Annual report of the Punjab Veterinary College and of the Civil Veterinary Department, Punjab - 1909-1919
Year: 1909
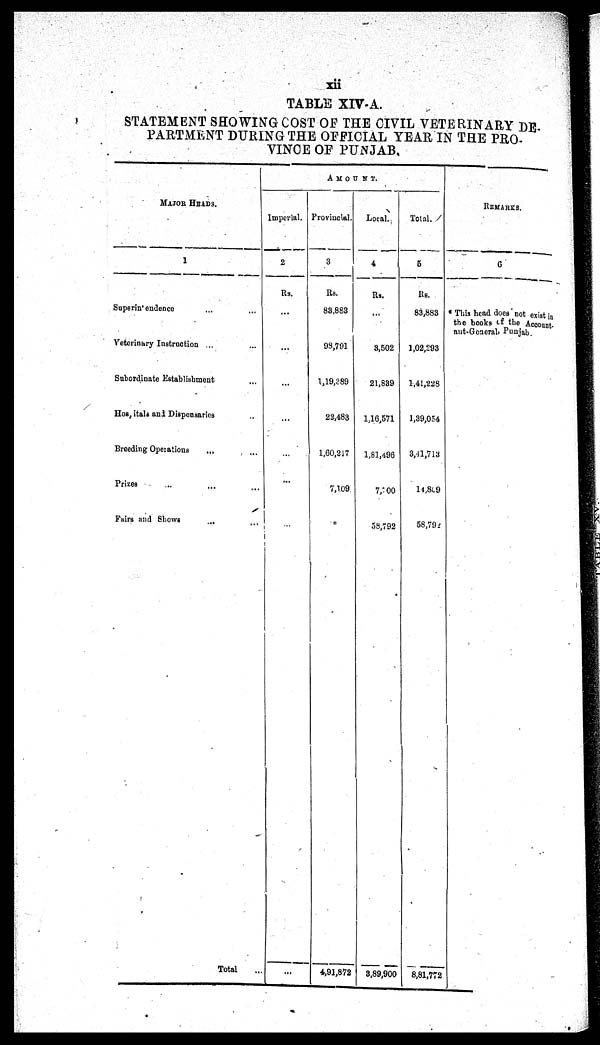
xii
TABLE XIV-A.
STATEMENT SHOWING COST OF THE CIVIL VETERINARY DE¬
PARTMENT DURING THE OFFICIAL YEAR IN THE PRO¬
VINCE OF PUNJAB.
MAJOR HEADS.
1
Superintendence ... ...
Veterinary Instruction ... ...
Subordinate Establishment ...
Hospitals and Dispensaries ...
Breeding Operations ... ...
Prizes ... ... ...
Fairs and Shows ... ...
Total .
AMOUNT.
Imperial.
2
Rs.
...
...
...
...
...
...
...
Provincial.
3
Rs.
83,883
93,791
1,19,289
22,483
1,60,217
7,109
*
4,91,872
Local.
4
Rs.
...
3,502
21,839
1,16,571
1,81,496
7,700
58,792
3,89,900
Total.
5
Rs.
83,883
1,02,293
1,41,228
1,39,054
3,41,713
14,809
58,792
8,81,772
REMARKS.
6
* This head does not exist in
the books of the Account¬
ant-General, Punjab